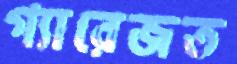
গ্যারেজত